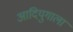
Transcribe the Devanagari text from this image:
आदियुगाला